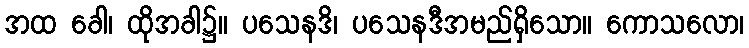
အထ ခေါ၊ ထိုအခါ၌။ ပသေနဒိ၊ ပသေနဒီအမည်ရှိသော။ ကောသလော၊